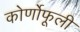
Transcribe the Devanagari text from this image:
कोर्णोफूली